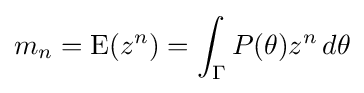
m_{n}=\operatorname {E} (z^{n})=\int _{\Gamma }P(\theta )z^{n}\,d\theta